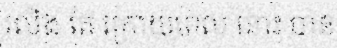
រលីង តែ ក្រោយពេល នោះ បាន